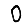
Digit: 0